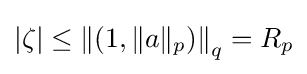
|\zeta |\leq \left\|\left(1,\|a\|_{p}\right)\right\|_{q}=R_{p}